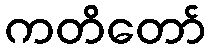
ကတိတော်